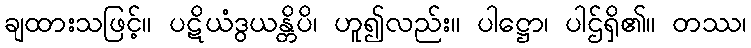
ချထားသဖြင့်။ ပဋိယံဒွယန္တိပိ၊ ဟူ၍လည်း။ ပါဋ္ဌော၊ ပါဌ်ရှိ၏။ တဿ၊